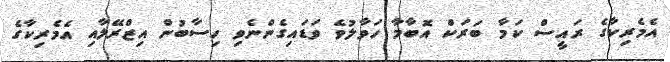
އެމެރިކާގެ ރައީސް ކަމާ ބަރަކް އޮބާމާ ހަވާލުވެ ވަޑައިގެންނެވި ހިސާބުން އިޒްރޭލާއި އެމެރިކާގެ